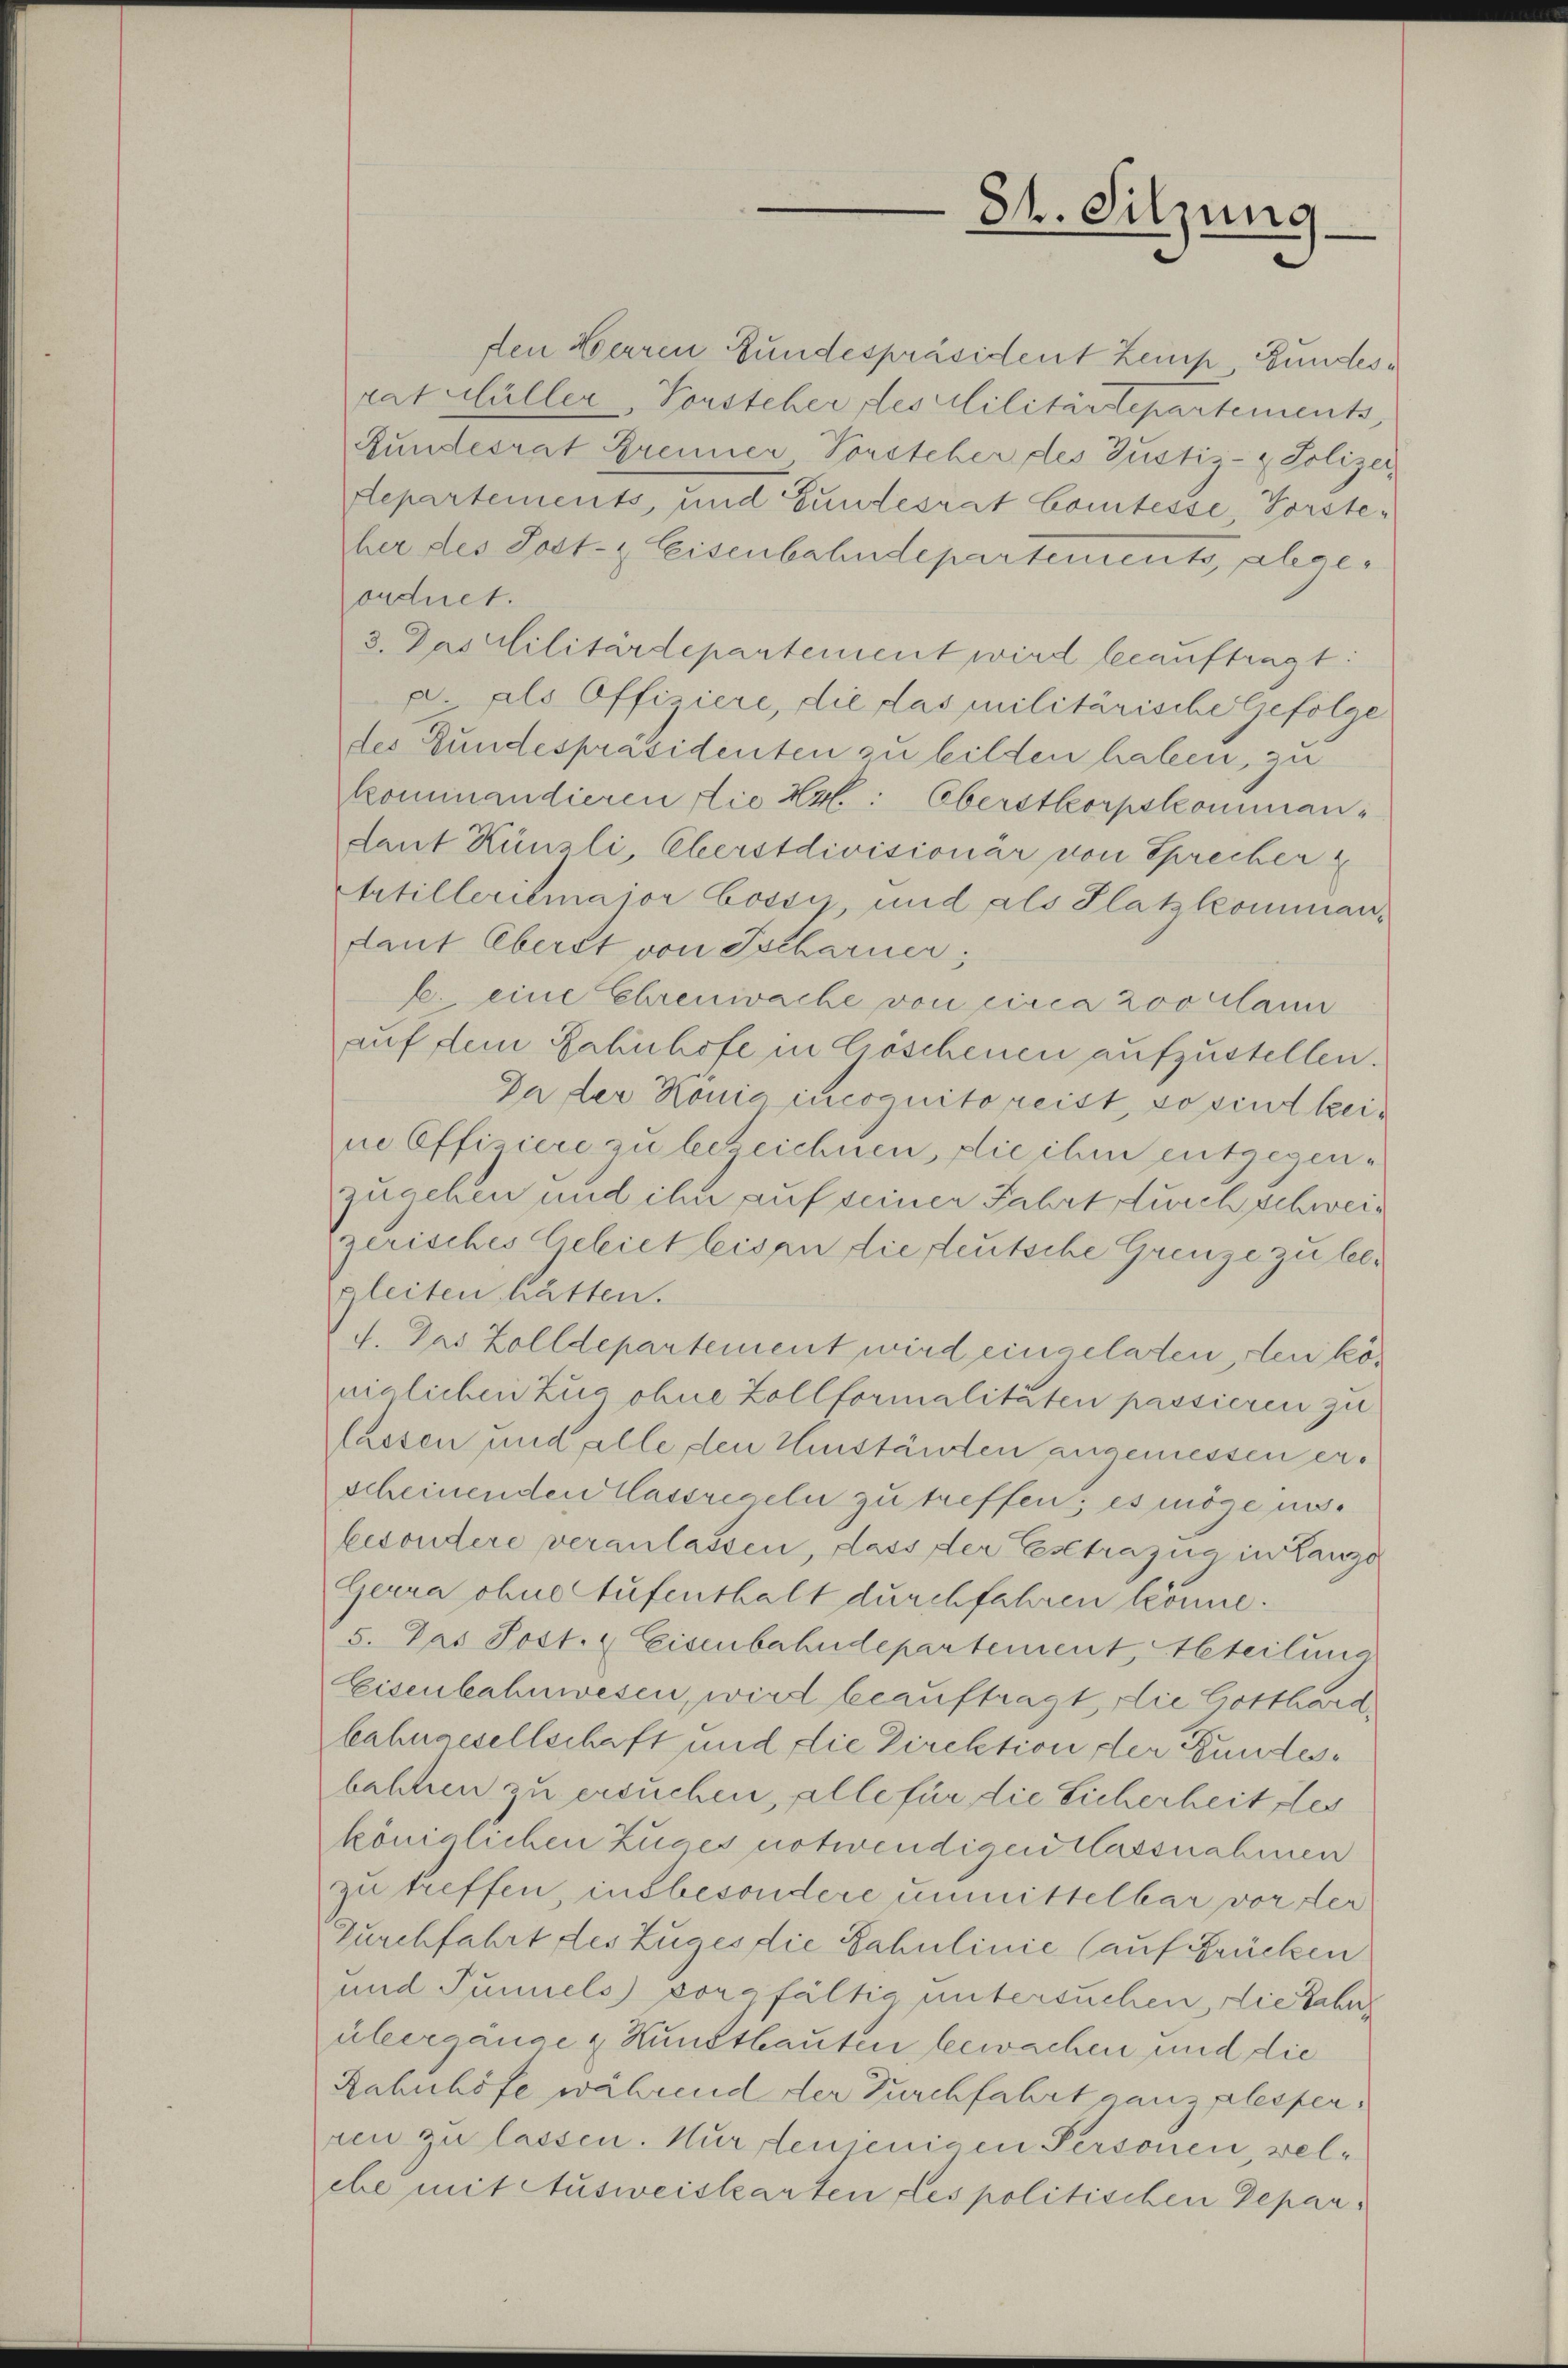
den Herren Gundespräsident Zeip Gundesrat Müller, Vorsteher des Militärdepartements
Rundesrat Brenner Vorsteher des Justiz- & Polizei,
departements, und Gundesrat Comtesse, Forsteber des Sost- & Eisenbahndepartemento, abgeondiret.
3. Das Militärdepartement wird beauftragt.
" als Offiziere, die das militärische Gefolge
des Gundespräsidenten zu bilden haben, zu
kommandieren die Hr. Oberstkorpskomman¬
Laut Künzli, Eberstdivisionar von Sprecher
Artillerilmajor bossy, und als Platz komman-
Laut Oberst von Tscharner,
E. eine Ehrenwache von circa 200 Mann
auf dem Bahnhofe in Goschenen aufzustellen.
Da der Konia incoguito reist, so sind keine Officere zu bezeichnen, die ihm entgegen-
zugehen und ihn auf seiner Fahrt durch schweis
zerisches Gebiet leisen die deutsche Grenze zu begleiten hätten.
f. Das Zolldepartement wird eingeladen, den königlichen Zug ohne Zollformalitäten passieren zu
lassen und alle den Umständen zugemessen erscheinenden Massregeln zu treffen; es möge unbesondere veranlassen, dass der Estrazić in Lanze
Gerra ohne Stufenthalt durchfahren könne.
5. Das Post. Eisenbahndepartement, Abteilung
Eisenbahnwesen, wird beauftragt die Gotthard
bahngesellschaft und die Direktion der Fundesbahnen zu ersuchen, alle für die Sicherheit des
königlichen Zuges notwendigen lassnahmen
zu treffen, insbesondere unmittelbar vor der
Durchfahrt des Zuges die Fahulinie (auf Brücken
und Tunnels sorgfältig untersuchen, die Zahnübergänge & Hundtbauten, bewachen und die
Rahnhöfe während der Durchfahrt ganz plesperren zu lassen. Nur denjenigen Personen, welehe mit Ausweiskarten des politischen Gepar¬

84. Sitzung